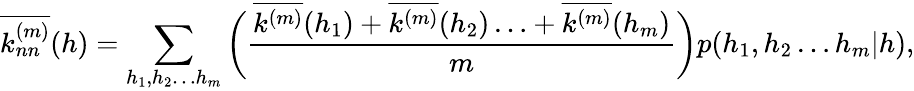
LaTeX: \overline{{k_{nn}^{(m)}}}(h)=\sum_{h_{1},h_{2}\ldots h_{m}}\bigg(\frac{\overline{{k^{(m)}}}(h_{1})+\overline{{k^{(m)}}}(h_{2})\ldots+\overline{{k^{(m)}}}(h_{m})}{m}\bigg)p(h_{1},h_{2}\ldots h_{m}|h),